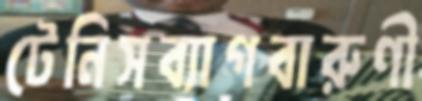
টেনিসব্যাগবারুণী